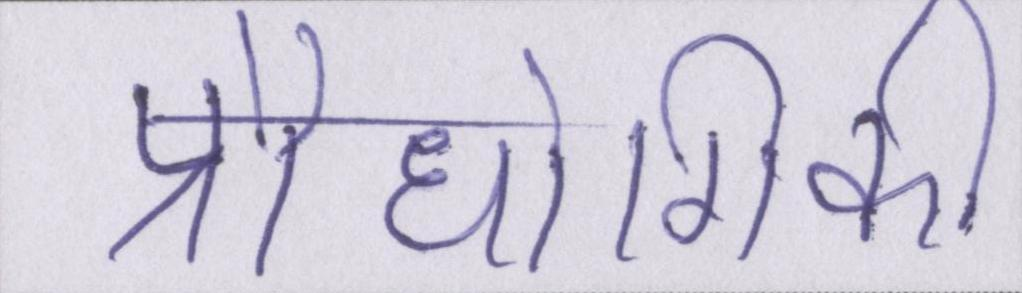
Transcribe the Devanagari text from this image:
प्रौधोगिकी